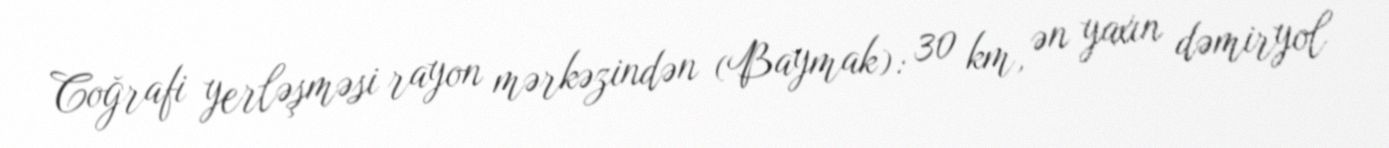
Coğrafi yerləşməsi rayon mərkəzindən (Baymak): 30 km, ən yaxın dəmiryol